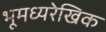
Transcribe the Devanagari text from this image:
भूमध्यरेखिक